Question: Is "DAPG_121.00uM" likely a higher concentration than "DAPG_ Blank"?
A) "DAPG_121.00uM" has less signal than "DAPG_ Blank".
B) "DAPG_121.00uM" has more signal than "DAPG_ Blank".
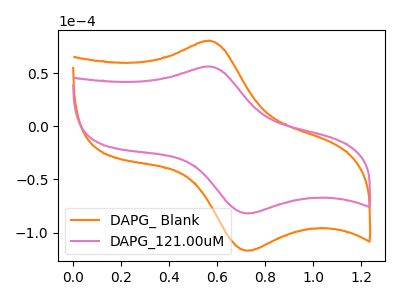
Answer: <think>The orange curve "DAPG_ Blank" has an anodic peak at (0.55V, 80.90uA) and a cathodic peak at (0.70V, -117.20uA). The pink curve "DAPG_121.00uM" has an anodic peak at (0.55V, 56.60uA) and a cathodic peak at (0.70V, -82.00uA).
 All the peaks in "DAPG_121.00uM" have a peak in "DAPG_ Blank" at the same potential. Every peak in "DAPG_121.00uM" is lower than every peak in "DAPG_ Blank".</think>
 <answer>A) "DAPG_121.00uM" has less signal than "DAPG_ Blank".</answer>
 <eval>A</eval>